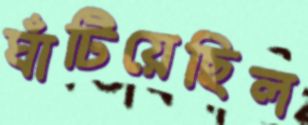
ঘাঁটিয়েছিল